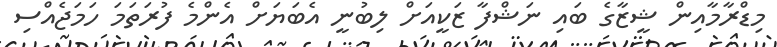
މިޑްރާމާއިން ޝީޒާގެ ބައި ނަޝްފާ ޒަކީއަށް ލިބުނީ އެބަޔަށް އެންމެ ފުރަތަމަ ހަމަޖެއްސި